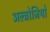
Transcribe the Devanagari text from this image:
अल्ब्रोजियो